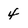
Character: 4